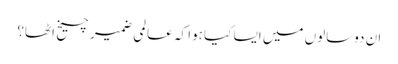
ان دوسالوں میں ایسا کیا ہوا کہ عالمی ضمیر چیخ اٹھا؟